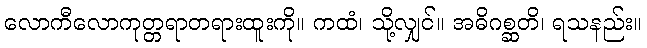
လောကီလောကုတ္တရာတရားထူးကို။ ကထံ၊ သို့လျှင်။ အဓိဂစ္ဆတိ၊ ရသနည်း။